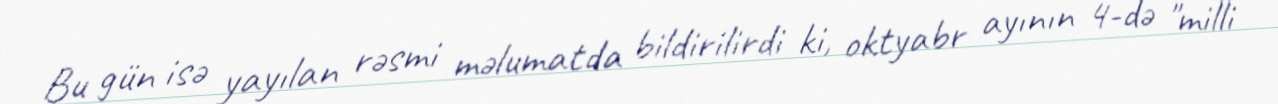
Bu gün isə yayılan rəsmi məlumatda bildirilirdi ki, oktyabr ayının 4-də "milli